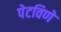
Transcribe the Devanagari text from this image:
पेटविणे